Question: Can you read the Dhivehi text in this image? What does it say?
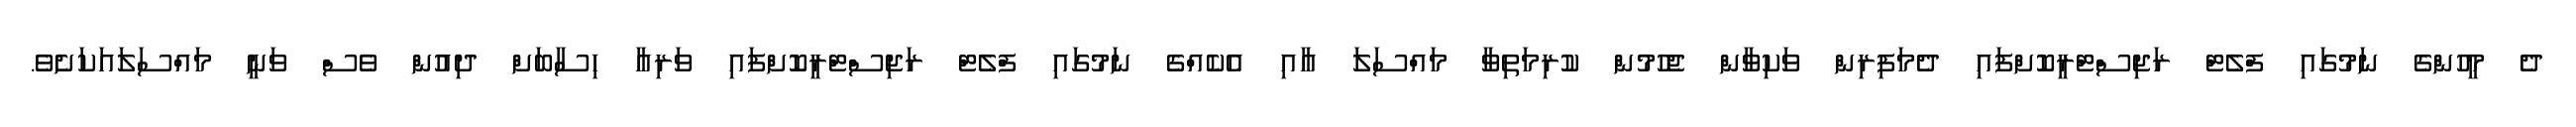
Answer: ދެ މީހުންގެ ނަމުގައި ފްލެޓް ރަޖިސްޓްރީކޮށްފައި ދެމަފިރިން ވަކިވާން ޖެހުމުން ކުރިމަތިވާ މައްސަލަ އާއި އެކެއްގެ ނަމުގައި ފްލެޓް ރަޖިސްޓްރީކޮށްފައި ވަރިއާ ހިސާބަށް ދިއުން ވެސް ވަނީ މައްސަލައަކަށެވެ.